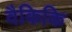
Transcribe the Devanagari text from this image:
वैकिकि